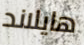
هايلاند